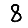
Digit: 8